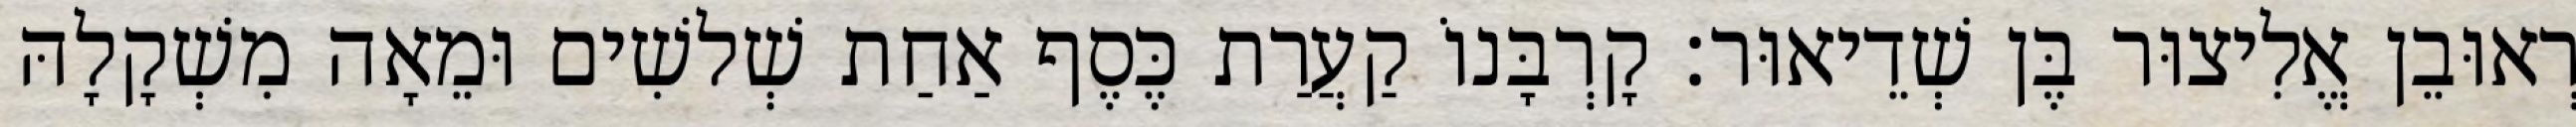
רְאוּבֵן אֱלִיצוּר בֶּן שְׁדֵיאוּר׃ קָרְבָּנוֹ קַעֲרַת כֶּסֶף אַחַת שְׁלשִׁים וּמֵאָה מִשְׁקָלָהּ